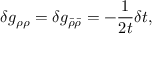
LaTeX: \delta g _ { \rho \rho } = \delta g _ { \bar { \rho } \bar { \rho } } = - \frac 1 { 2 t } \delta t ,